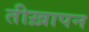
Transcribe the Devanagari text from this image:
तीख़ापन